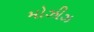
મોઝીઝ